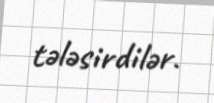
tələsirdilər.